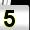
Digit: 5